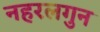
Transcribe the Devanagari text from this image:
नहरलगुन